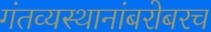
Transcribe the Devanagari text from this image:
गंतव्यस्थानांबरोबरच